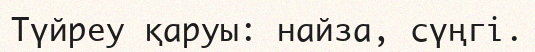
Түйреу қаруы: найза, сүңгі.